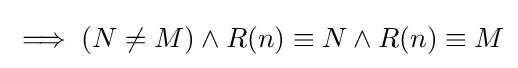
\implies (N\neq M)\land R(n)\equiv N\land R(n)\equiv M